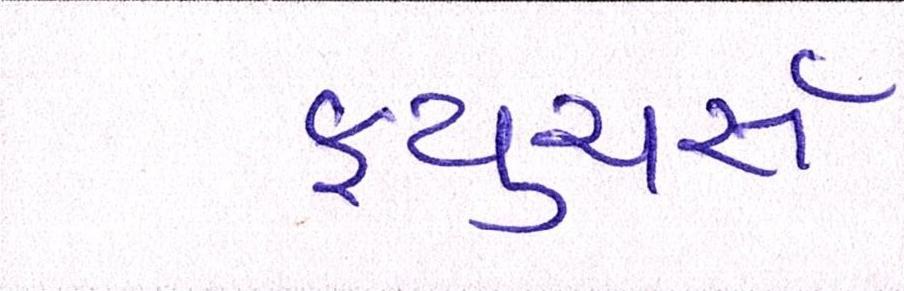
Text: ફ્યુચર્સ